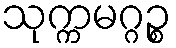
သုက္ကမဂ္ဂဉ္စ